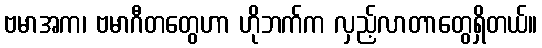
ဗမာအက၊ ဗမာဂီတတွေဟာ ဟိုဘက်က လှည့်လာတာတွေရှိတယ်။